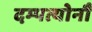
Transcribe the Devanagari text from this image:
दम्पत्योर्नौ